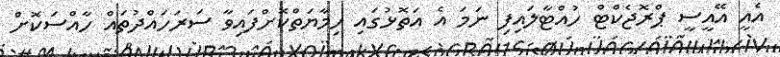
އެއީ އޭއީސީ ޕްރޮޖެކްޓް ހުއްޓާލައިފި ނަމަ އެ އަތޮޅުގައި ހިމާޔަތްކޮށްފައިވާ ސަރަހައްދުތައް ހާއްސަކޮށް